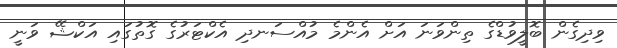
ވިދިގެން ބޮލީވުޑްގެ ތިންވަނަ އަށް އެންމެ މުއްސަނދި އެކްޓަރުގެ ގޮތުގައި އަކްޝޭ ވަނީ